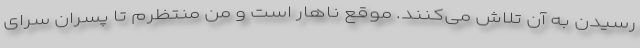
رسیدن به آن تلاش می‌کنند. موقع ناهار است و من منتظرم تا پسران سرای